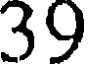
39